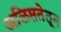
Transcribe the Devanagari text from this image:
अलिप्ततेतून